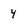
Character: 4